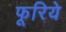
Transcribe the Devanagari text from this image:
फूरिये